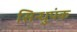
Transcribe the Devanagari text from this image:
सिन्धुपंक